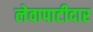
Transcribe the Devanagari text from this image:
लेवापाटीदार